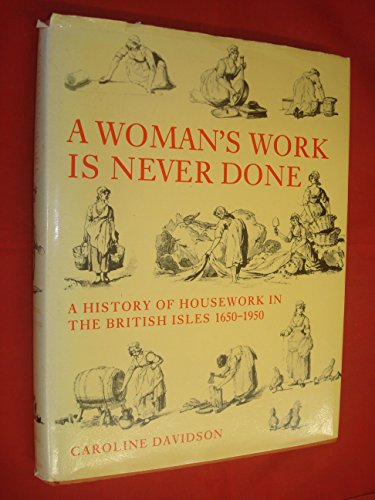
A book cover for A Woman's Work Is Never Done: A History of Housework in the British Isles 1650-1950; Caroline Davidson; Parenting & Relationships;